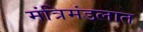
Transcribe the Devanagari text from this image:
मंत्रिमंडलात